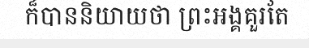
ក៏បាននិយាយថា ព្រះអង្គគួរតែ